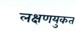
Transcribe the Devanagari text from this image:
लक्षणयुकत